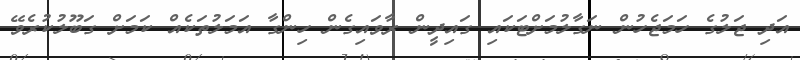
އަދި ޖަލުގެ ހަމަޖެހުން ނަގާލުމަށްޓަކައި ގައިދީން ރާވައިގެން ހިންގާ އަމަލުތަކެއް ކަމަށް ގަބޫލުކުރެވޭ